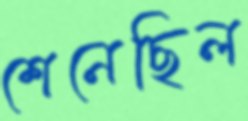
শেনেছিল